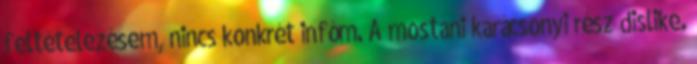
feltételezésem, nincs konkrét infóm. A mostani karácsonyi rész dislike.